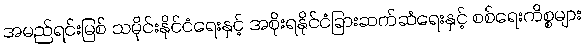
အမည်ရင်းမြစ် သမိုင်းနိုင်ငံရေးနှင့် အစိုးရနိုင်ငံခြားဆက်ဆံရေးနှင့် စစ်ရေးကိစ္စများ